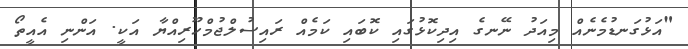
"އަޅުގަނޑުމެނެއް މިއަދު ނޭނގެ އިދިކޮޅުގައި ކޮބައި ކަމެއް ރައިސުލްޖުމްހޫރިއްޔާ އަކީ. އަންނި އެއީތޯ